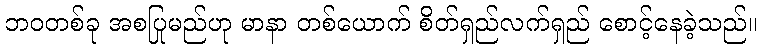
ဘဝတစ်ခု အစပြုမည်ဟု မာနာ တစ်ယောက် စိတ်ရှည်လက်ရှည် စောင့်နေခဲ့သည်။